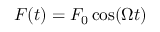
F ( t ) = F _ { 0 } \cos ( \Omega t )